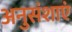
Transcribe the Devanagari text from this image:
अनुसंशाएं